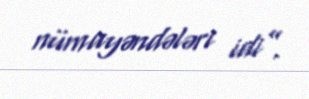
nümayəndələri idi”.